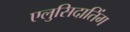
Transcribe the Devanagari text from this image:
एलुसिदातिंग